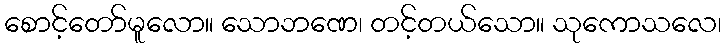
စောင့်တော်မူလော။ သောဘဏေ၊ တင့်တယ်သော။ သုကောသလေ၊